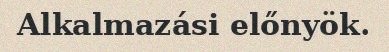
Alkalmazási előnyök.